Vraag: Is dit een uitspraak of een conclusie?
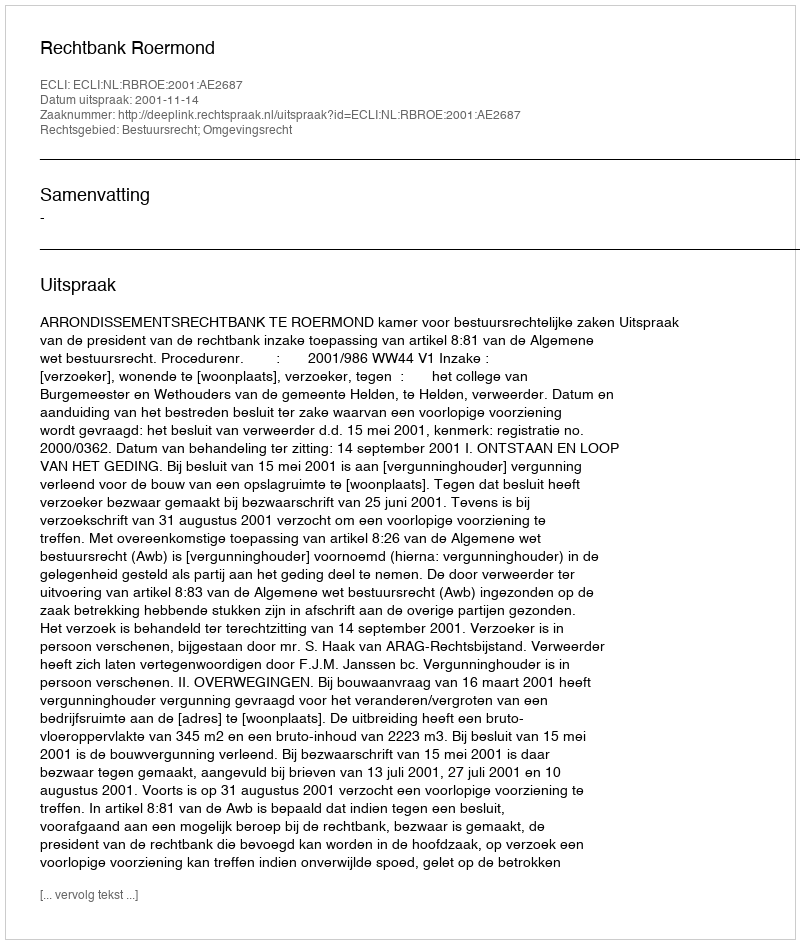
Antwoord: Uitspraak